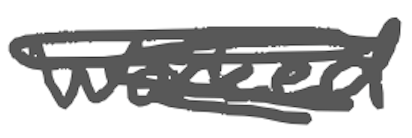
Text: worked
Cross-out: scratch
Writing tool: digital_gray